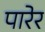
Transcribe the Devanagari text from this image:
पारेर